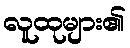
လူထုများ၏